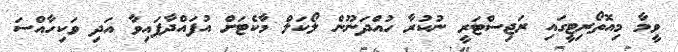
ވީމާ މިއޮތޯރިޓީގައި ރަޖިސްޓަރީ ނުކުރާ ހުއްދަނޫން ލޯކަލް މާކެޓަށް އުފައްދާފައިވާ އަދި ވަކިހާއްސަ